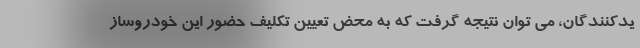
یدکنندگان، می توان نتیجه گرفت که به محض تعیین تکلیف حضور این خودروساز